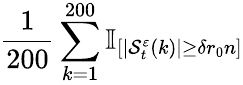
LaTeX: \frac{1}{200}\sum_{k=1}^{200}\mathbb{I}_{[|\mathcal{S}_{t}^{\varepsilon}(k)|\ge\delta r_{0}n]}